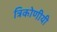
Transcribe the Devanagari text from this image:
त्रिकोणीयी